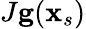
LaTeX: J\mathbf{g}(\mathbf{x}_{s})